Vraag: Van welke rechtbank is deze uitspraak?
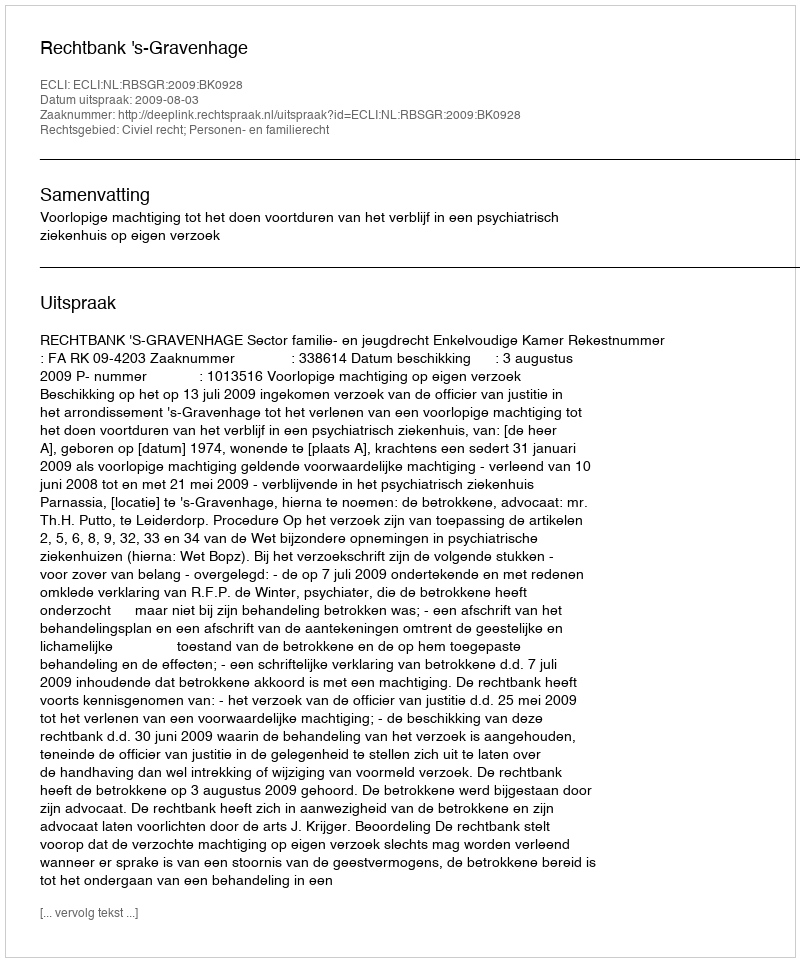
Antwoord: Rechtbank 's-Gravenhage